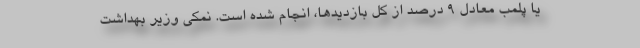
یا پلمب معادل ۹ درصد از کل بازدیدها، انجام شده است. نمکی وزیر بهداشت